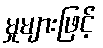
မှုများဖြင့်